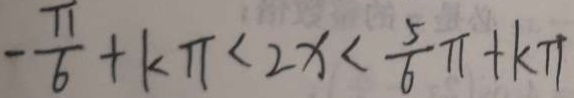
- \frac { \pi } { 6 } + k \pi < 2 x < \frac { 5 } { 6 } \pi + k \pi